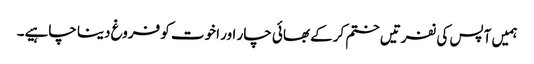
ہمیں آپس کی نفرتیں ختم کرکے بھائی چار اور اخوت کو فروغ دینا چاہیے۔